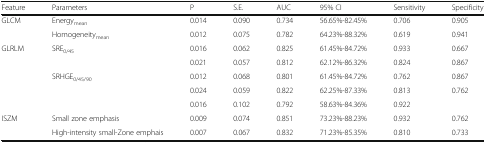
<table><thead><tr><td><b>Feature</b></td><td><b>Parameters</b></td><td><b>P</b></td><td><b>S.E.</b></td><td><b>AUC</b></td><td><b>95% CI</b></td><td><b>Sensitivity</b></td><td><b>Specificity</b></td></tr></thead><tbody><tr><td rowspan="2">GLCM</td><td>Energy<sub>mean</sub></td><td>0.014</td><td>0.090</td><td>0.734</td><td>56.65%-82.45%</td><td>0.706</td><td>0.905</td></tr><tr><td>Homogeneity<sub>mean</sub></td><td>0.012</td><td>0.075</td><td>0.782</td><td>64.23%-88.32%</td><td>0.619</td><td>0.941</td></tr><tr><td rowspan="5">GLRLM</td><td>SRE<sub>0/45</sub></td><td>0.016</td><td>0.062</td><td>0.825</td><td>61.45%-84.72%</td><td>0.933</td><td>0.667</td></tr><tr><td></td><td>0.021</td><td>0.057</td><td>0.812</td><td>62.12%-86.32%</td><td>0.824</td><td>0.867</td></tr><tr><td>SRHGE<sub>0/45/90</sub></td><td>0.012</td><td>0.068</td><td>0.801</td><td>61.45%-84.72%</td><td>0.762</td><td>0.867</td></tr><tr><td></td><td>0.024</td><td>0.059</td><td>0.822</td><td>62.25%-87.33%</td><td>0.813</td><td>0.762</td></tr><tr><td></td><td>0.016</td><td>0.102</td><td>0.792</td><td>58.63%-84.36%</td><td>0.922</td><td></td></tr><tr><td rowspan="2">ISZM</td><td>Small zone emphasis</td><td>0.009</td><td>0.074</td><td>0.851</td><td>73.23%-88.23%</td><td>0.932</td><td>0.762</td></tr><tr><td>High-intensity small-Zone emphais</td><td>0.007</td><td>0.067</td><td>0.832</td><td>71.23%-85.35%</td><td>0.810</td><td>0.733</td></tr></tbody></table>